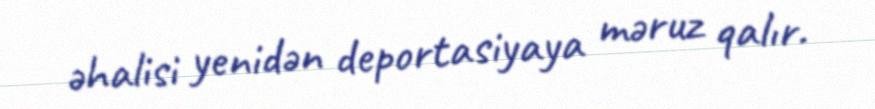
əhalisi yenidən deportasiyaya məruz qalır.